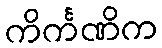
ကိင်္ကဏိက